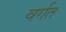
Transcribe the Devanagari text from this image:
वर्गत